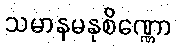
သမာနမနုစိဏ္ဏော